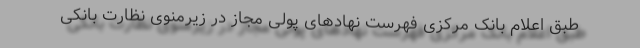
طبق اعلام بانک مرکزی فهرست نهادهای پولی مجاز در زیرمنوی نظارت بانکی